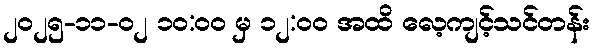
၂၀၂၅-၁၁-၀၂ ၁၀:၀၀ မှ ၁၂:၀၀ အထိ လေ့ကျင့်သင်တန်း